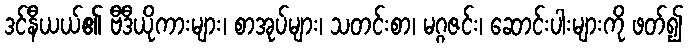
ဒင်နီယယ်၏ ဗီဒီယိုကားများ၊ စာအုပ်များ၊ သတင်းစာ၊ မဂ္ဂဇင်း၊ ဆောင်းပါးများကို ဖတ်၍